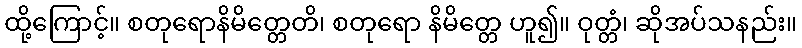
ထို့ကြောင့်။ စတုရောနိမိတ္တေတိ၊ စတုရော နိမိတ္တေ ဟူ၍။ ဝုတ္တံ၊ ဆိုအပ်သနည်း။